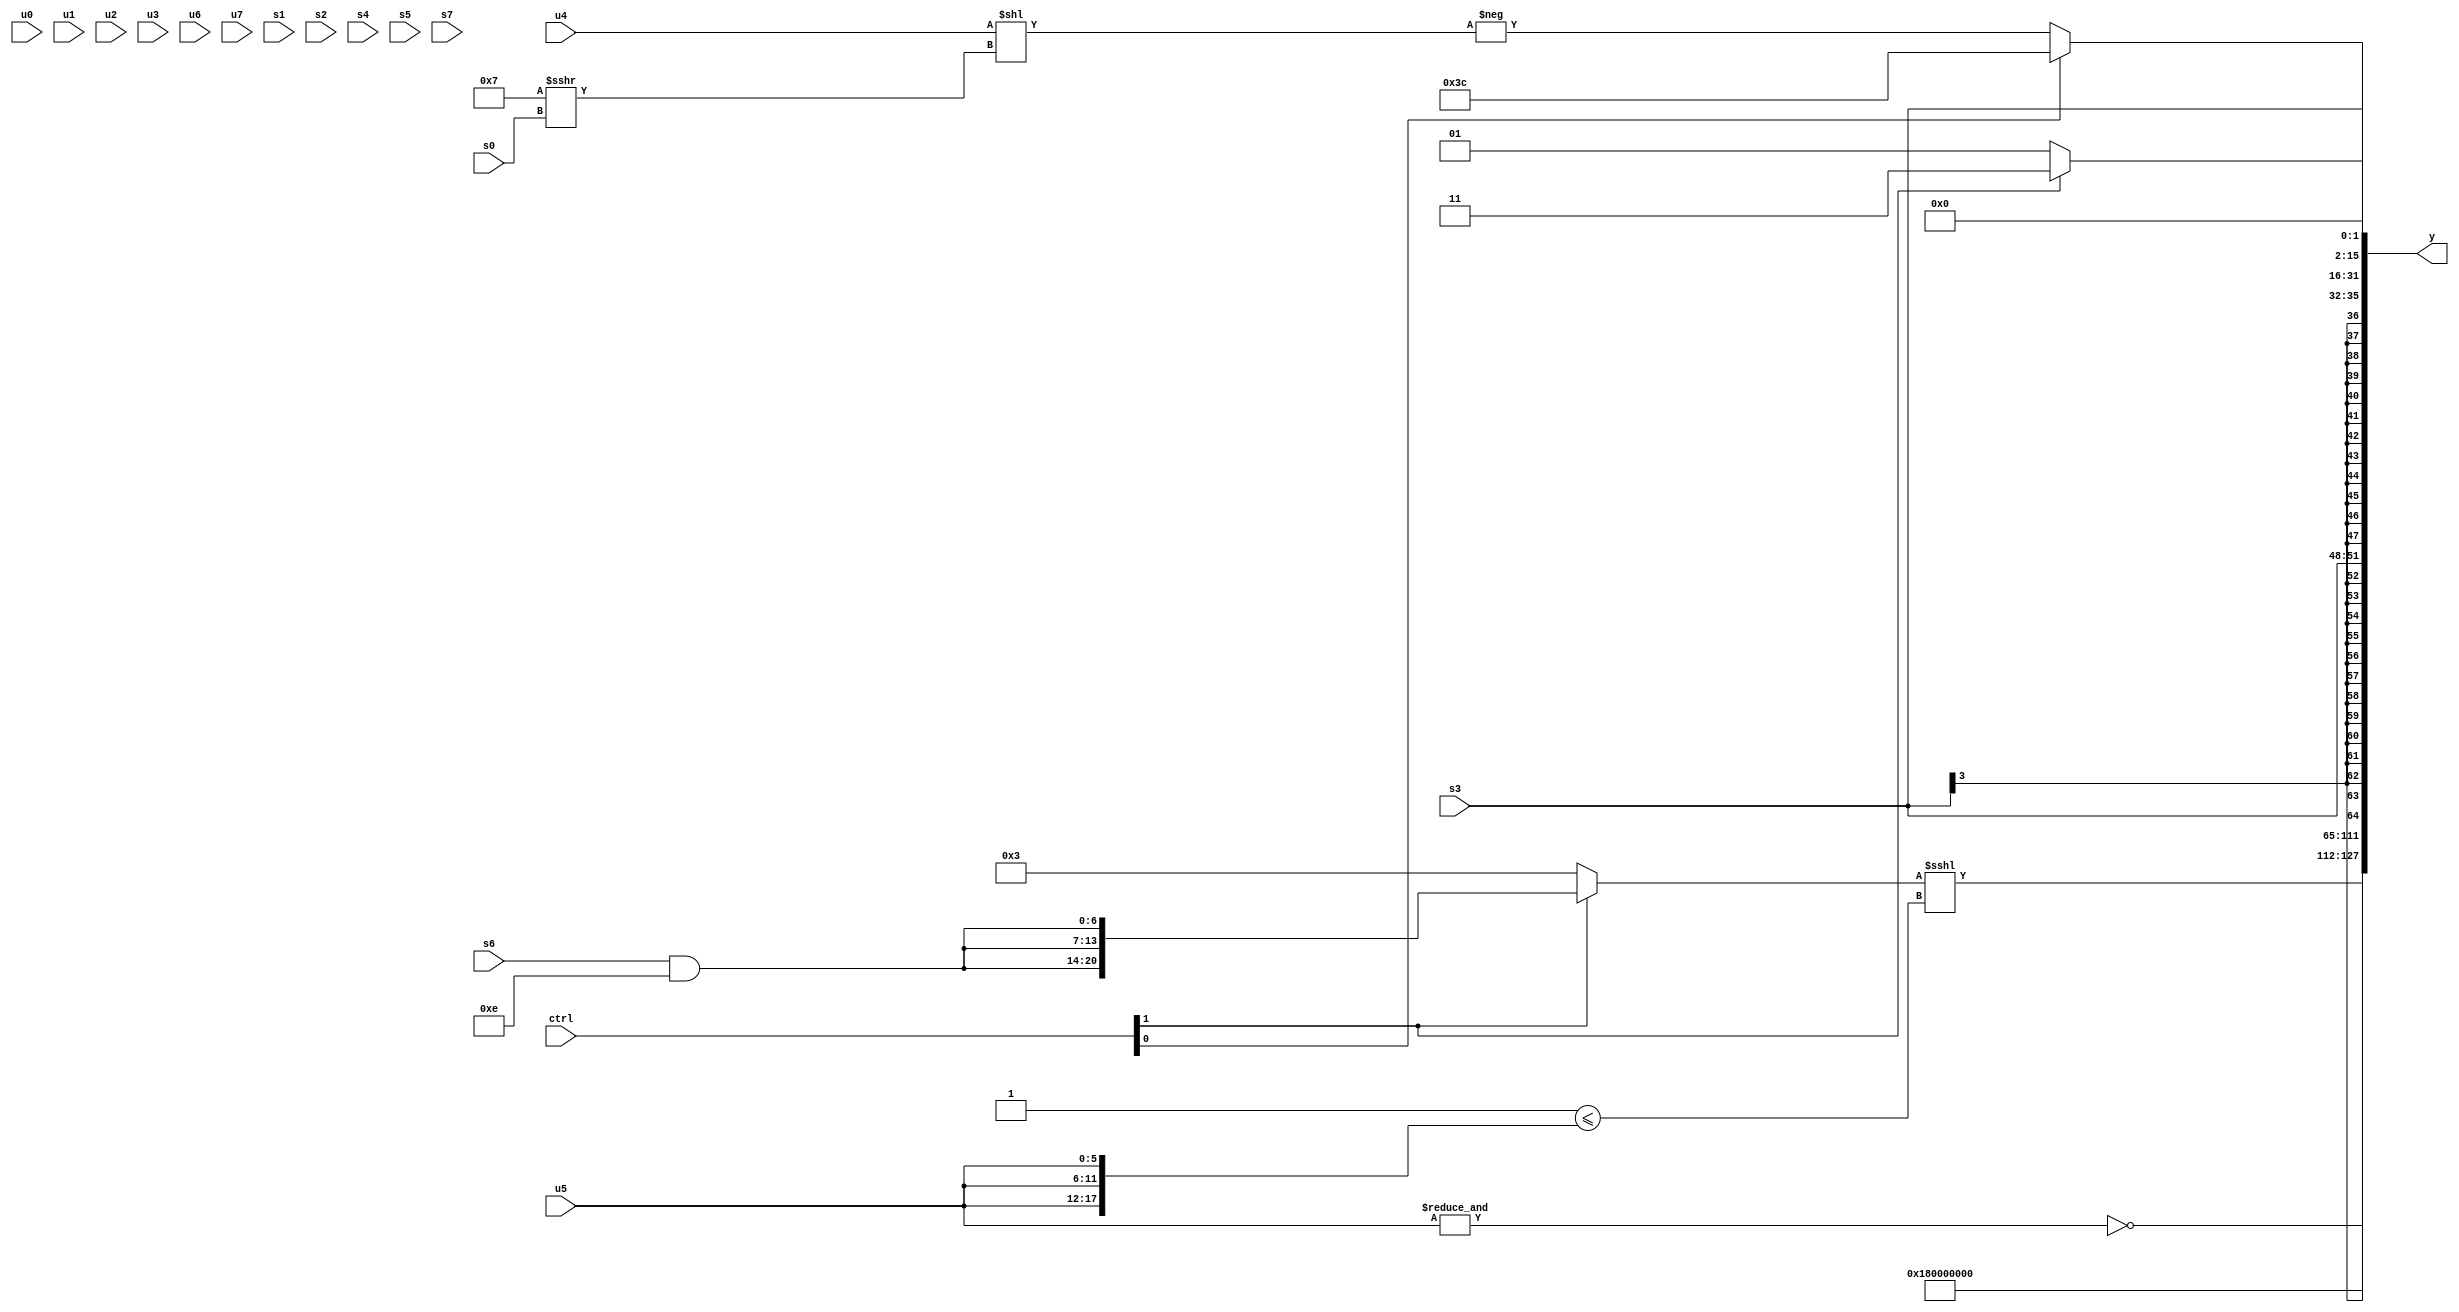
module wideexpr_00529(ctrl, u0, u1, u2, u3, u4, u5, u6, u7, s0, s1, s2, s3, s4, s5, s6, s7, y);
  input [7:0] ctrl;
  input [0:0] u0;
  input [1:0] u1;
  input [2:0] u2;
  input [3:0] u3;
  input [4:0] u4;
  input [5:0] u5;
  input [6:0] u6;
  input [7:0] u7;
  input signed [0:0] s0;
  input signed [1:0] s1;
  input signed [2:0] s2;
  input signed [3:0] s3;
  input signed [4:0] s4;
  input signed [5:0] s5;
  input signed [6:0] s6;
  input signed [7:0] s7;
  output [127:0] y;
  wire [15:0] y0;
  wire [15:0] y1;
  wire [15:0] y2;
  wire [15:0] y3;
  wire [15:0] y4;
  wire [15:0] y5;
  wire [15:0] y6;
  wire [15:0] y7;
  assign y = {y0,y1,y2,y3,y4,y5,y6,y7};
  assign y0 = $signed($signed(((ctrl[1]?$signed({3{(s6)&(6'b001110)}}):(4'b1111)&({4'sb0010,$signed(5'sb10011)})))<<<((2'b01)<=({3{u5}}))));
  assign y1 = 2'b11;
  assign y2 = {3{((1'sb0)+($signed(2'sb01)))<($signed({2{$signed(4'b1110)}}))}};
  assign y3 = +(+(+({1{~&(u5)}})));
  assign y4 = $signed($signed(s3));
  assign y5 = s3;
  assign y6 = ((ctrl[0]?6'sb111100:-((u4)<<($signed((4'sb0111)>>>(s0))))))>>(1'sb0);
  assign y7 = +((ctrl[1]?{1{2'b11}}:|(6'sb100001)));
endmodule